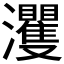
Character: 𱪘